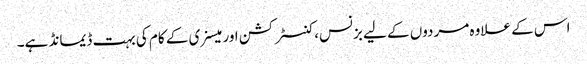
اس کے علاوہ مردوں کے لیے بزنس، کنسٹرکشن اور میسنری کے کام کی بہت ڈیمانڈ ہے۔